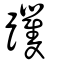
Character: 躩